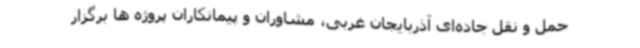
حمل و نقل جاده‌ای آذربایجان غربی، مشاوران و پیمانکاران پروژه ها برگزار